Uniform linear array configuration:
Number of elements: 4
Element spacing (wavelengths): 0.75
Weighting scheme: uniform
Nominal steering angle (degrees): -30
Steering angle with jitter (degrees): -31.122
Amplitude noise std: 0.05
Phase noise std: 0.05

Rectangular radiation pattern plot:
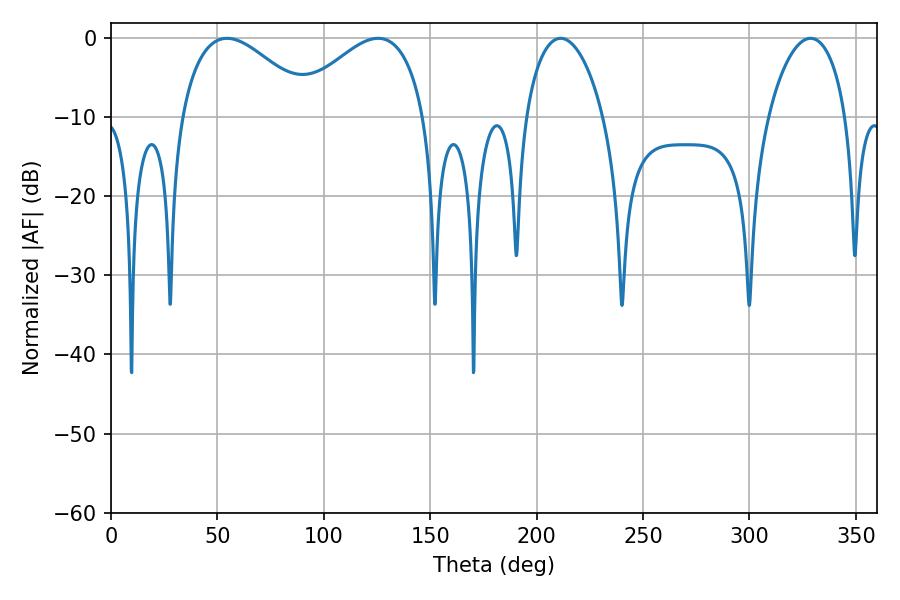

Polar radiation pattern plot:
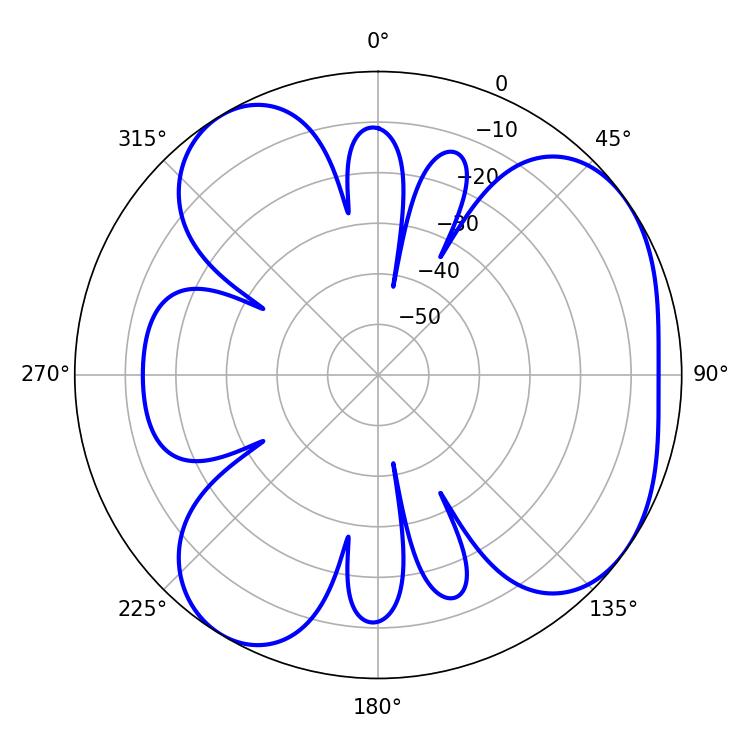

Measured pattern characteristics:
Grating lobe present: TRUE
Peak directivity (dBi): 5.103
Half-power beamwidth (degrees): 34.02
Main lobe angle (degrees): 54.54